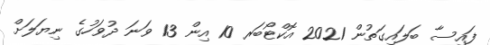
ފައިސާ ބަލައިގަތުން 2021 އޮކްޓޯބަރ 10 އިން 13 ވަނަ ދުވަހުގެ ނިޔަލަށް